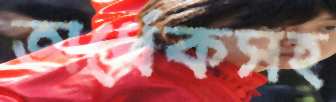
অর্ধেকসহ